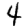
Digit: 4